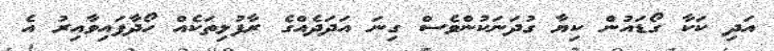
އަދި ކަކާ ގޯޑައުން ކިޔާ ގުދަނަކުންވެސް ގިނަ އަދަދެއްގެ ރާފުޅިތަކެއް ހޯދާފައިވާއިރު އެ